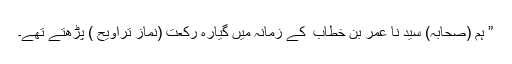
” ہم (صحابہ) سید نا عمر بن خطاب ؓ کے زمانہ میں گیارہ رکعت (نمازِ تراویح ) پڑھتے تھے۔